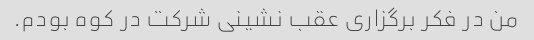
من در فکر برگزاری عقب نشینی شرکت در کوه بودم.